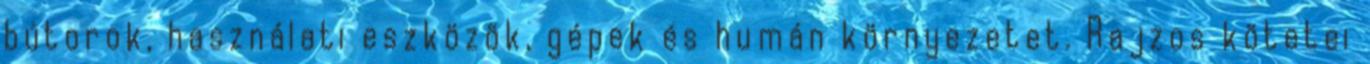
bútorok, használati eszközök, gépek és humán környezetet. Rajzos kötetei